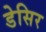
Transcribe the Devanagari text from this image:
डेसिर